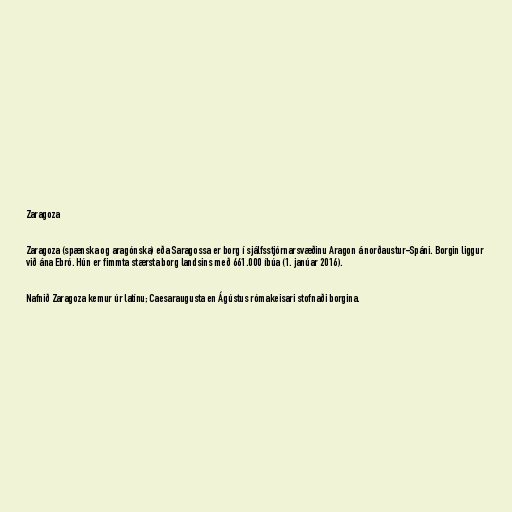
Zaragoza

Zaragoza (spænska og aragónska) eða Saragossa er borg í sjálfsstjórnarsvæðinu Aragon á norðaustur-Spáni. Borgin liggur
við ána Ebró. Hún er fimmta stærsta borg landsins með 661.000 íbúa (1. janúar 2016).

Nafnið Zaragoza kemur úr latínu; Caesaraugusta en Ágústus rómakeisari stofnaði borgina.